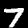
Label: 7